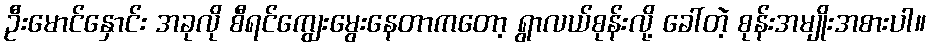
ဦးမောင်နှောင်း အခုလို စီရင်ကျွေးမွေးနေတာကတော့ ရွာလယ်စုန်းလို့ ခေါ်တဲ့ စုန်းအမျိုးအစားပါ။